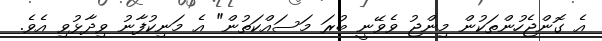
އެ ގޮންޖެހުންތަކުން މިންޖު ވެވޭނީ ބުރަ މަސައްކަތުން" އެ މަނިކުފާނު ވިދާޅުވި އެވެ.